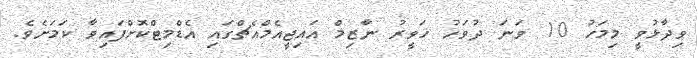
ވިދާޅުވީ މިމަހު 10 ވަނަ ދުވަހު ހަވީރު ނާޒިމް އައިޖީއެމްއެޗްގައި އެޑްމިޓްކޮށްފައިވާ ކަމަށެވެ.